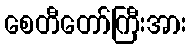
စေတီတော်ကြီးအား